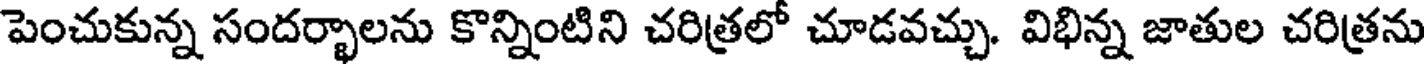
పెంచుకున్న సందర్భాలను కొన్నింటిని చరిత్రలో చూడవచ్చు. విభిన్న జాతుల చరిత్రను